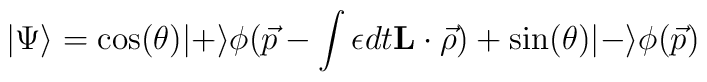
|\Psi\rangle= \cos(\theta)|+\rangle \phi(\vec p-\int \epsilon dt {\bf L}\cdot\vec\rho)+ \sin(\theta)|-\rangle \phi(\vec p)